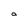
Character: a